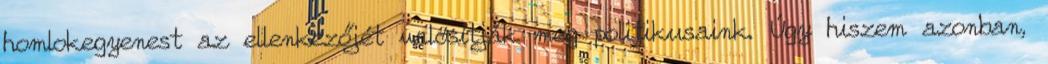
homlokegyenest az ellenkezőjét valósítják meg politikusaink. Úgy hiszem azonban,